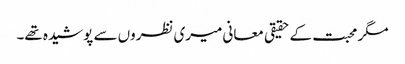
مگر محبت کے حقیقی معانی میری نظروں سے پوشیدہ تھے۔